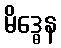
မိဒ္ဓေန